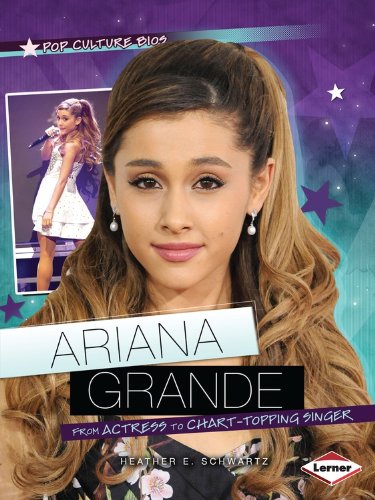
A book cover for Ariana Grande: From Actress to Chart-Topping Singer (Pop Culture Bios); Heather E. Schwartz; Children's Books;